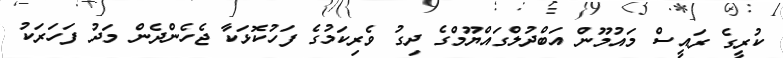
ކުރީގެ ރައީސް މައުމޫން އަބްދުލްގައްޔޫމްގެ ދިގު ވެރިކަމުގެ ފަހުކޮޅަކާ ޖެހެންދެން މަދު ފަހަރަކު